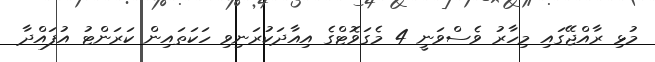
މުޅި ރާއްޖޭގައި މިހާރު ވެސްވަނީ 4 މެގަވޮޓްގެ އިއާދަކުރަނިވި ހަކަތައިން ކަރަންޓު އުފައްދާ